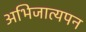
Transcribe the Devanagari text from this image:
अभिजात्यपन